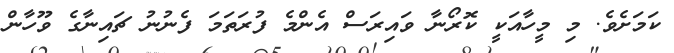
ކަމަށެވެ. މި މީހާއަކީ ކޮރޯނާ ވައިރަސް އެންމެ ފުރަތަމަ ފެނުނު ޗައިނާގެ ވޫހާން